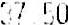
37.50